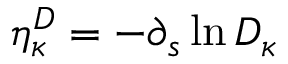
\eta _ { \kappa } ^ { D } = - \partial _ { s } \ln D _ { \kappa }